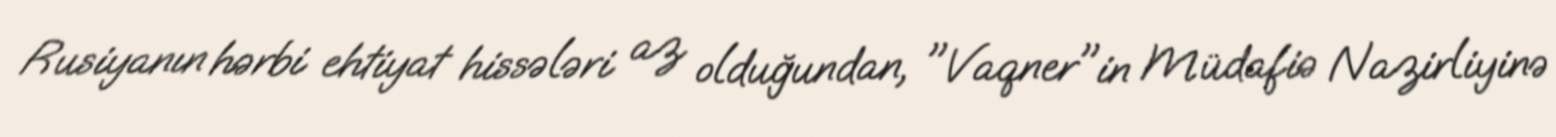
Rusiyanın hərbi ehtiyat hissələri az olduğundan, "Vaqner"in Müdafiə Nazirliyinə